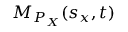
M _ { P _ { X } } ( s _ { x } , t )